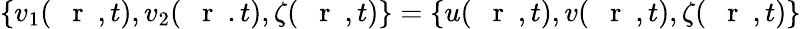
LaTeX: \{ v_{1}(\mathrm{~{~\mathbf~r~}~},t),v_{2}(\mathrm{~{~\mathbf~r~}~}.t),\zeta(\mathrm{~{~\mathbf~r~}~},t)\} =\{ u(\mathrm{~{~\mathbf~r~}~},t),v(\mathrm{~{~\mathbf~r~}~},t),\zeta(\mathrm{~{~\mathbf~r~}~},t)\}